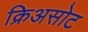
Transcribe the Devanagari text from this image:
क्रिअसोट